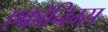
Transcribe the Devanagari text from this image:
एक्रोनिम्स